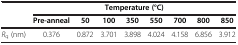
<table><thead><tr><td rowspan="2"><b> </b></td><td colspan="8"><b>Temperature (°C)</b></td></tr><tr><td><b>Pre-anneal</b></td><td><b>50</b></td><td><b>100</b></td><td><b>350</b></td><td><b>550</b></td><td><b>700</b></td><td><b>800</b></td><td><b>850</b></td></tr></thead><tbody><tr><td><i>R</i><sub>q</sub> (nm)</td><td>0.376</td><td>0.872</td><td>3.701</td><td>3.898</td><td>4.024</td><td>4.158</td><td>6.856</td><td>3.912</td></tr></tbody></table>